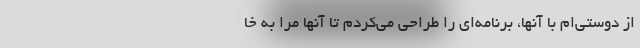
از دوستی‌ام با آنها، برنامه‌ای را طراحی می‌کردم تا آنها مرا به خا